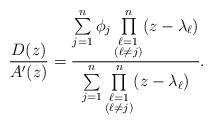
\begin{align*}\frac{D(z)}{A'(z)}=\frac{\sum\limits_{j=1}^n\phi_j\prod\limits_{\substack{\ell=1\\ (\ell\neq j)}}^n(z-\lambda_\ell)}{\sum\limits_{j=1}^n\prod\limits_{\substack{\ell=1\\ (\ell\neq j)}}^n(z-\lambda_\ell)}.\end{align*}